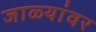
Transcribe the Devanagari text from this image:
जाळ्यांवर